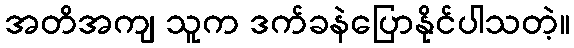
အတိအကျ သူက ဒက်ခနဲပြောနိုင်ပါသတဲ့။